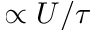
\propto U / \tau